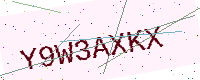
Text: Y9W3AXKX